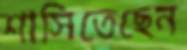
শাসিতেছেন